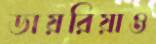
ডায়রিয়াও